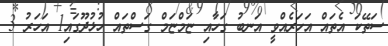
ސަތޭކަ އެތައް އަހަރެއްވީ އަނބު ގަހާއި ޏަމްޏަމް ގަސްތައް ހުޅުދޫގައި1 އަހަރު 3